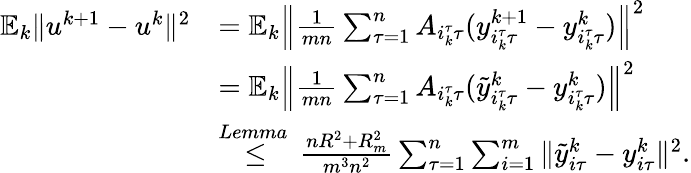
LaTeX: \begin{array}{rl}{\mathbb{E}_{k}\| u^{k+1}-u^{k}\| ^{2}}&{=\mathbb{E}_{k}\left\| \frac{1}{mn}\sum_{\tau=1}^{n}A_{i_{k}^{\tau}\tau}(y_{i_{k}^{\tau}\tau}^{k+1}-y_{i_{k}^{\tau}\tau}^{k})\right\| ^{2}}\\ &{=\mathbb{E}_{k}\left\| \frac{1}{mn}\sum_{\tau=1}^{n}A_{i_{k}^{\tau}\tau}({\tilde{y}}_{i_{k}^{\tau}\tau}^{k}-y_{i_{k}^{\tau}\tau}^{k})\right\| ^{2}}\\ &{\overset{Lemma~}{\leq}\frac{nR^{2}+R_{m}^{2}}{m^{3}n^{2}}\sum_{\tau=1}^{n}\sum_{i=1}^{m}\| {\tilde{y}}_{i\tau}^{k}-y_{i\tau}^{k}\| ^{2}.}\end{array}